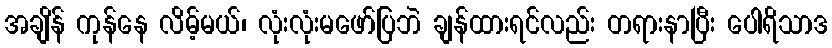
အချိန် ကုန်နေ လိမ့်မယ်၊ လုံးလုံးမဖော်ပြဘဲ ချန်ထားရင်လည်း တရားနာပြီး ပေါရိသာဒ